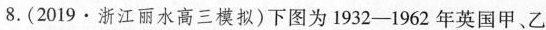
8.(2019·浙江丽水高三模拟)下图为1932——1962年英国甲、乙